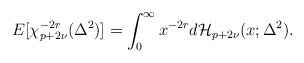
\begin{align*}E[\chi^{-2r}_{p+2\nu} (\Delta^2)] =\int_0^\infty x^{-2r}d\mathcal{H}_{p+2\nu}(x; \Delta^2).\end{align*}